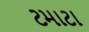
ટમાટા